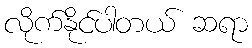
လိုက်နိုင်ပါတယ် ဆရာ